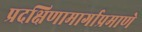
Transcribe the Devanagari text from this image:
प्रदक्षिणामार्गाप्रमाणे